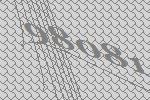
98081